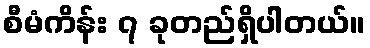
စီမံကိန်း ၇ ခုတည်ရှိပါတယ်။